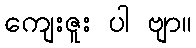
ကျေးဇူး ပါ ဗျာ။